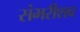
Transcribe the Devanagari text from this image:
संभरीशव